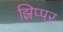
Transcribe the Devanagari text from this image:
झिप्पर